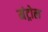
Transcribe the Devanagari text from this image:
मंट्रोल